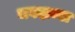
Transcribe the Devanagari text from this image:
चवदाव्या